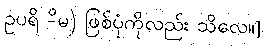
ဥပရိ -ိမ) ဖြစ်ပုံကိုလည်း သိလေ။]